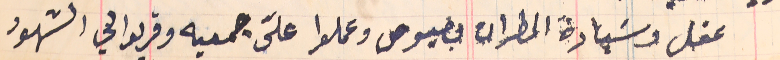
عقل وسيادة المطران بصبوص وعملوا عليّ جمعيه وقريولي الشهود